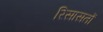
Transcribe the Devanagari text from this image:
रिसासतों